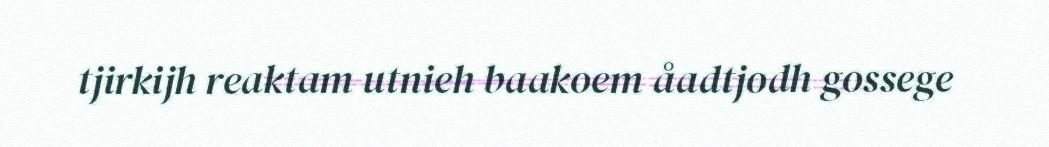
tjirkijh reaktam utnieh baakoem åadtjodh gossege